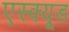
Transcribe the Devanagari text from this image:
एस्क्यूड